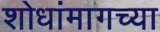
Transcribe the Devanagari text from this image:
शोधांमागच्या